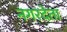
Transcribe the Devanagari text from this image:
नगरदेता